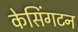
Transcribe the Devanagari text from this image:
केसिंगटन